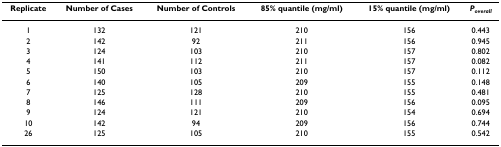
| Replicate | Number of Cases | Number of Controls | 85% quantile (mg/ml) | 15% quantile (mg/ml) | Poverall |
 | --- | --- | --- | --- | --- | --- |
 | 1 | 132 | 121 | 210 | 156 | 0.443 |
 | 2 | 142 | 92 | 211 | 156 | 0.945 |
 | 3 | 124 | 103 | 210 | 157 | 0.802 |
 | 4 | 141 | 112 | 211 | 157 | 0.082 |
 | 5 | 150 | 103 | 210 | 157 | 0.112 |
 | 6 | 140 | 105 | 209 | 155 | 0.148 |
 | 7 | 125 | 128 | 210 | 155 | 0.481 |
 | 8 | 146 | 111 | 209 | 156 | 0.095 |
 | 9 | 124 | 121 | 210 | 154 | 0.694 |
 | 10 | 142 | 94 | 209 | 156 | 0.744 |
 | 26 | 125 | 105 | 210 | 155 | 0.542 |